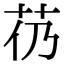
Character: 芿